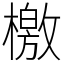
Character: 檄